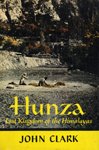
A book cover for Hunza, Lost Kingdom of the Himalayas; John Clark; Travel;